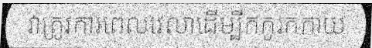
វាត្រូវការពេលវេលាដើម្បីកកូរកកាយ